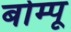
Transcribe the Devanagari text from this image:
बोम्पू